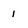
Character: I